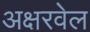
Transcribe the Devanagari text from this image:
अक्षरवेल